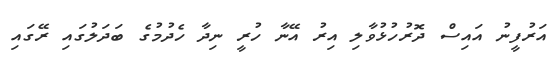
އަރުފީނު އައިސް ދޮރުހުޅުވާލި އިރު އޭނާ ހުރީ ނިދާ ހެދުމުގެ ބަދަލުގައި ރޭގައި